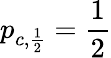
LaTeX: p_{c,\frac{1}{2}}=\frac{1}{2}